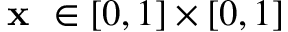
\textbf { x } \in [ 0 , 1 ] \times [ 0 , 1 ]